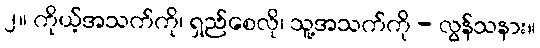
၂။ ကိုယ့်အသက်ကို၊ ရှည်စေလို၊ သူ့အသက်ကို - လွန်သနား။